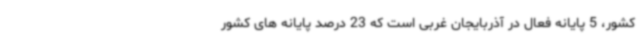
کشور، 5 پایانه فعال در آذربایجان غربی است که 23 درصد پایانه های کشور